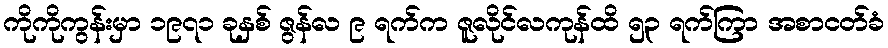
ကိုကိုကွန်းမှာ ၁၉၇၁ ခုနှစ် ဇွန်လ ၉ ရက်က ဇူလိုင်လကုန်ထိ ၅၃ ရက်ကြာ အစာငတ်ခံ